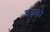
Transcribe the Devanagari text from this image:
अड्को